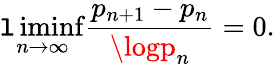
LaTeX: \operatorname*{\mathtt{l}iminf}_{n\to\infty}{\frac{{p_{n+1}-p_{n}}}{{\logp_{n}}}}=0.